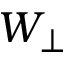
W _ { \perp }